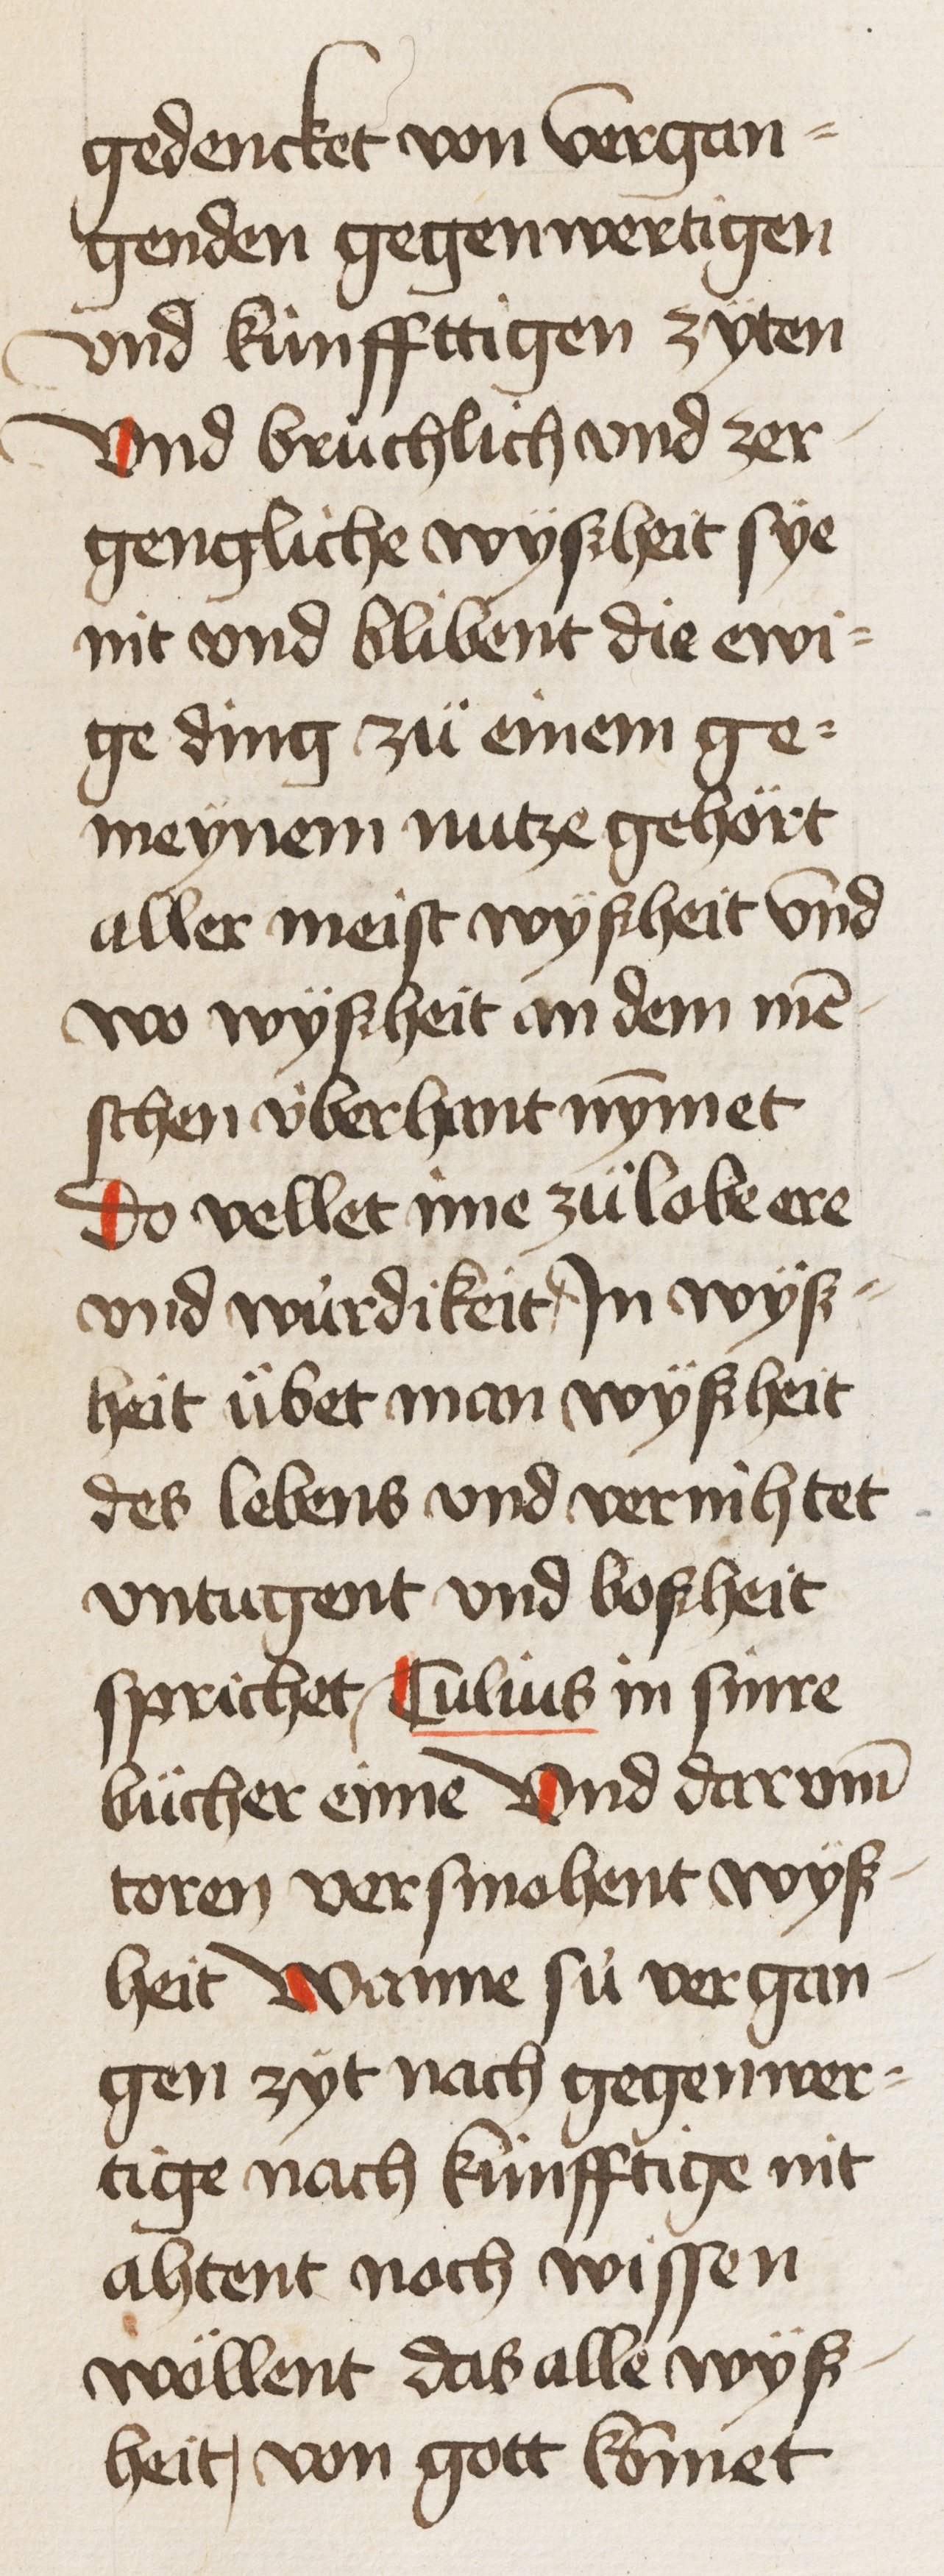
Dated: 1450–1499